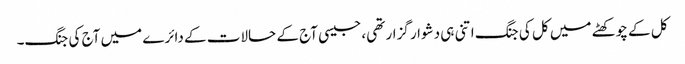
کل کے چوکھٹے میں کل کی جنگ اتنی ہی دشوار گزار تھی، جیسی آج کے حالات کے دائرے میں آج کی جنگ۔